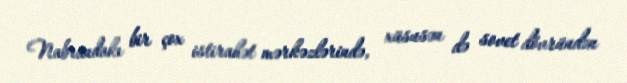
Nabrandakı bir çox istirahət mərkəzlərində, xüsusən də sovet dövründən